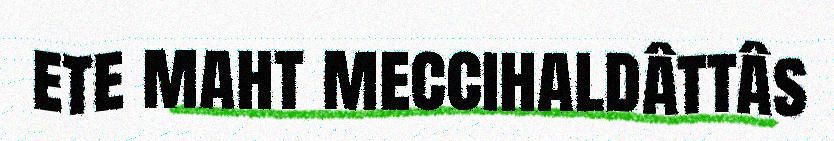
ete maht meccihaldâttâs